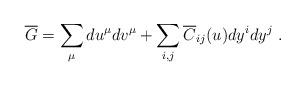
LaTeX: \begin{align*}\overline G = \sum_\mu du^\mu dv^\mu + \sum_{i,j} \overline C_{ij}(u) dy^i dy^j~.\end{align*}